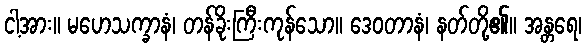
ငါ့အား။ မဟေသက္ခာနံ၊ တန်ခိုးကြီးကုန်သော။ ဒေဝတာနံ၊ နတ်တို့၏။ အန္တရေ၊